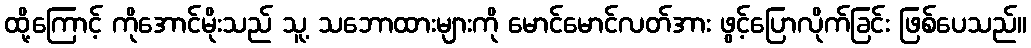
ထို့ကြောင့် ကိုအောင်မိုးသည် သူ့ သဘောထားများကို မောင်မောင်လတ်အား ဖွင့်ပြောလိုက်ခြင်း ဖြစ်ပေသည်။